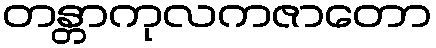
တန္တာကုလကဇာတော